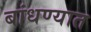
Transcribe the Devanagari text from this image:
बांधण्‍यात